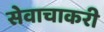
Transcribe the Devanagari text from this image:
सेवाचाकरी